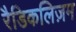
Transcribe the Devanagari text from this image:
रैडिकलिज़म